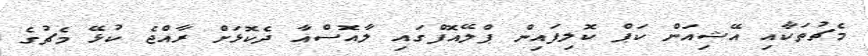
މެޗުތަކާއި އޭޝިއަން ކަޕް ކޮލިފައިން ޕްލޭއޮފްގައި ލާއޮސްއާ ދެކޮޅަށް ރާއްޖެ ކުޅޭ މެޗުގެ